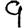
Digit: 9